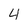
Character: 4